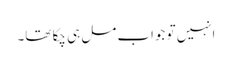
انہیں تو جواب مل ہی چکا تھا۔